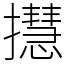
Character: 㩨